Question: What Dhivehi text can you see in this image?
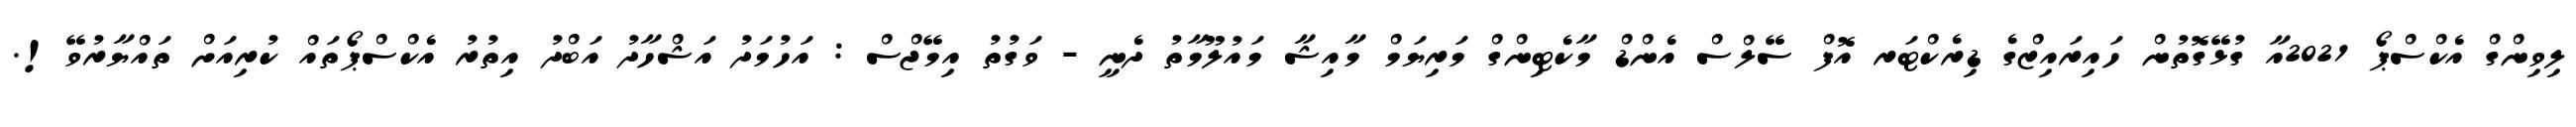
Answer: ލިވިންގް އެކްސްޕޯ 2021އާ ގުޅޭގޮތުން ހައިރައިޒްގެ ޑިރެކްޓަރ އޮފް ސޭލްސް އެންޑް މާކެޓިންގް މަރިޔަމް މާއިޝާ މައުލޫމާތު ދެނީ - ވަގުތު އިމޭޖްސް : އަހުމަދު އަޝްހާދު އަބްދު އިތުރު އެކްސްޕޯތައް ކުރިއަށް ތައްޔާރުވޭ!.